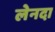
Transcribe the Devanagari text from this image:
लेनदा